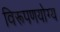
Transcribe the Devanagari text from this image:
विरूपणयोग्य